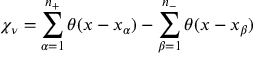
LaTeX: \chi _ { \nu } = \sum _ { \alpha = 1 } ^ { n _ { + } } \theta ( x - x _ { \alpha } ) - \sum _ { \beta = 1 } ^ { n _ { - } } \theta ( x - x _ { \beta } )